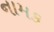
નામક